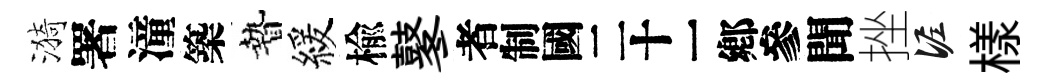
漪署潼築贄緩楡鼕识聞挫泥樣